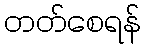
တတ်စေရန်